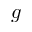
g